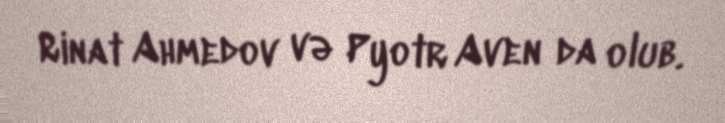
Rinat Ahmedov və Pyotr Aven da olub.